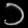
Digit: ၁